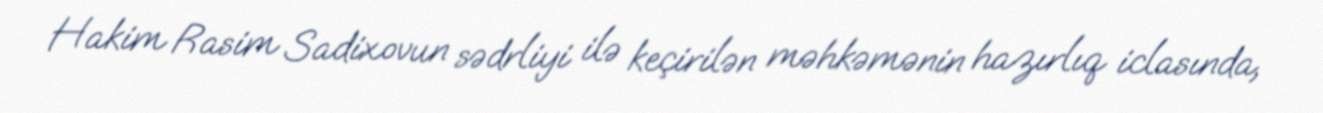
Hakim Rasim Sadixovun sədrliyi ilə keçirilən məhkəmənin hazırlıq iclasında,